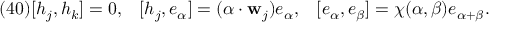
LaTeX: ( 4 0 ) [ h _ { j } , h _ { k } ] = 0 , \; \; \; [ h _ { j } , e _ { \alpha } ] = ( \alpha \cdot { \bf w } _ { j } ) e _ { \alpha } , \; \; \; [ e _ { \alpha } , e _ { \beta } ] = \chi ( \alpha , \beta ) e _ { \alpha + \beta } .